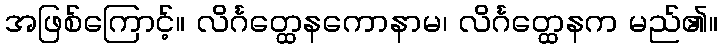
အဖြစ်ကြောင့်။ လိင်္ဂတ္ထေနကောနာမ၊ လိင်္ဂတ္ထေနက မည်၏။